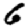
Digit: 6